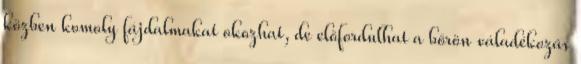
közben komoly fájdalmakat okozhat, de előfordulhat a bőrön váladékozás